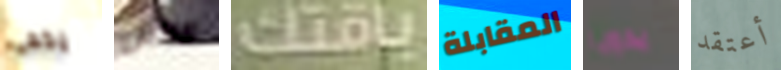
يخفى الناس باقتك المقابلة يدويا أعتقد